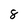
Character: 8